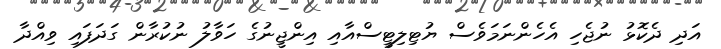
އަދި ދެކޮޅު ނުޖެހި އެހެންނަމަވެސް ޔުޓިލިޓީސްއާއި އިންޖީނުގެ ހަވާލު ނުކުރާން ގަދަފައި ވިއްދާ